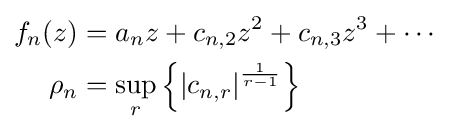
{\begin{aligned}f_{n}(z)&=a_{n}z+c_{n,2}z^{2}+c_{n,3}z^{3}+\cdots \\\rho _{n}&=\sup _{r}\left\{\left|c_{n,r}\right|^{\frac {1}{r-1}}\right\}\end{aligned}}